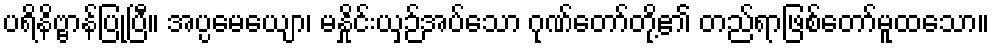
ပရိနိဗ္ဗာန်ပြုပြီ။ အပ္ပမေယျော၊ မနှိုင်းယှဉ်အပ်သော ဂုဏ်တော်တို့၏ တည်ရာဖြစ်တော်မူထသော။